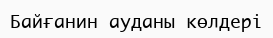
Байғанин ауданы көлдері